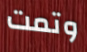
وتمت